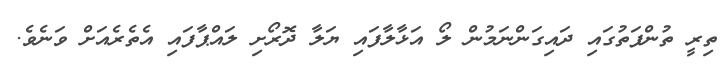
ތިރީ ތުންފަތުގައި ދައިގަންނަމުން ލޯ އަޅާލާފައި ޔަލާ ދޮރޯށި ލައްޕާފައި އެތެރެއަށް ވަނެވެ.